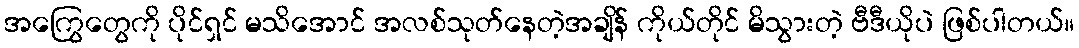
အကြွေတွေကို ပိုင်ရှင် မသိအောင် အလစ်သုတ်နေတဲ့အချိန် ကိုယ်တိုင် မိသွားတဲ့ ဗီဒီယိုပဲ ဖြစ်ပါတယ်။